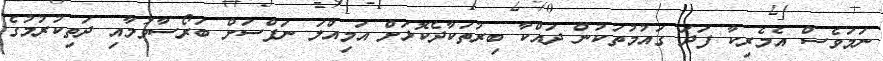
ނަމަވެސް އެމެރިކާ ފަދަ ގައުމުތަކުން ދައްކާ ބިރުތަކާދެކޮޅަށް އަމިއްލަ ނަފްސަށް ބަރޯސާވުމާއި ދަތިކުރުމުގެ